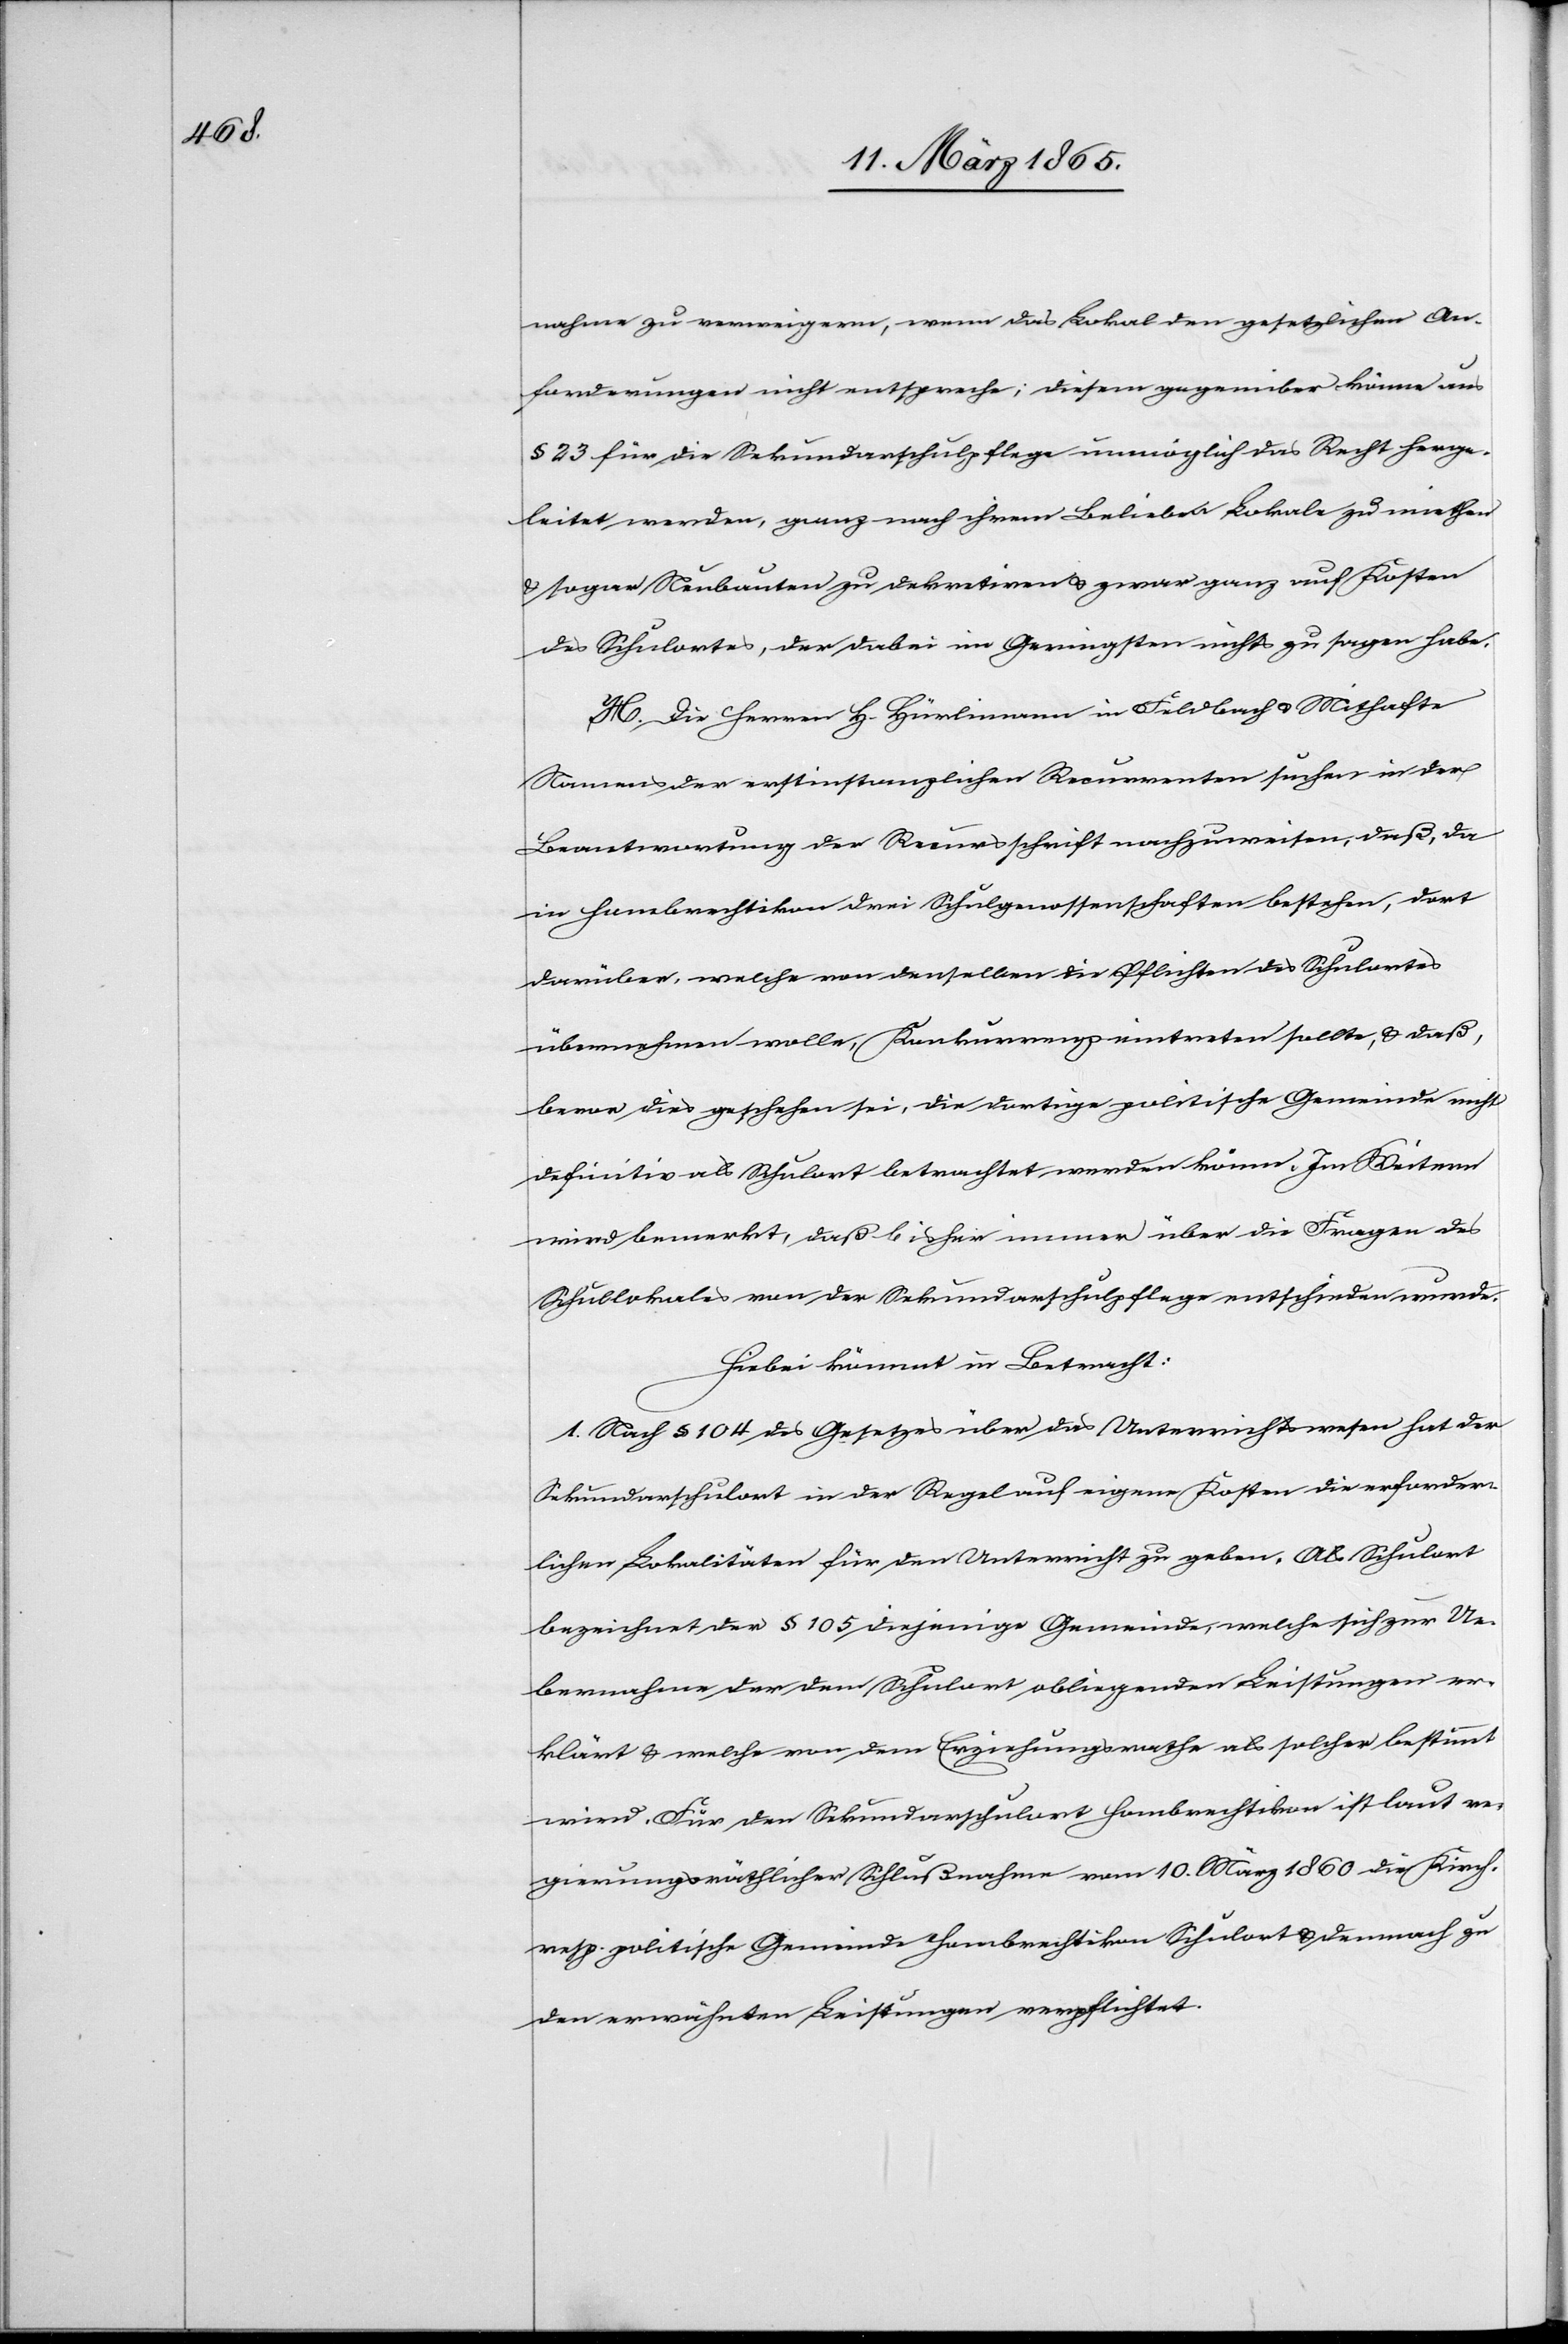
nahme zu verweigern, wenn das Lokal den gesetzlichen An¬
forderungen nicht entspreche; diesen gegenüber könne aus
§ 23 für die Sekundarschulpflege unmöglich das Recht herge¬
leitet werden, ganz nach ihrem Belieben Lokale zu miethen
u. sogar Neubauten zu dekretiren u. zwar ganz auf Kosten
des Schulortes, der dabei im Geringsten nichts zu sagen habe.
H. Die Herrn H. Hürlimann in Feldbach u. Mithafte
Namens der erstinstanzlichen Recurrenten suchen in der
Beantwortung der Recursschrift nachzuweisen, daß, da
in Hombrechtikon drei Schulgenossenschaften bestehen, dort
darüber, welche von denselben die Pflichten des Schulortes
übernehmen wolle, Konkurrenz eintreten sollte, u. daß,
bevor dies geschehen sei, die dortige politische Gemeinde nicht
definitiv als Schulort betrachtet werden könne. Im Weitern
wird bemerkt, daß bisher immer über die Frage des
Schullokales von der Sekundarschulpflege entschieden wurde.
Hiebei kömmt in Betracht:
1. Nach § 104 des Gesetzes über das Unterrichtswesen hat der
Sekundarschulort in der Regel auf eigene Kosten die erforder¬
lichen Lokalitäten für den Unterricht zu geben. Als Schulort
bezeichnet der § 105 diejenige Gemeinde, welche sich zur Ue¬
bernhame der dem Schulort obliegenden Leistungen er¬
klärt u. welche von dem Erziehungsrathe als solcher bestimmt
wird. Für den Sekundarschulort Hombrechtikon ist laut re¬
gierungsräthlicher Schlußnahme vom 10. März 1860 die Kirch-
resp. politische Gemeinde Hombrechtikon Schulort u. demnach zu
den erwähnten Leistungen verpflichtet.